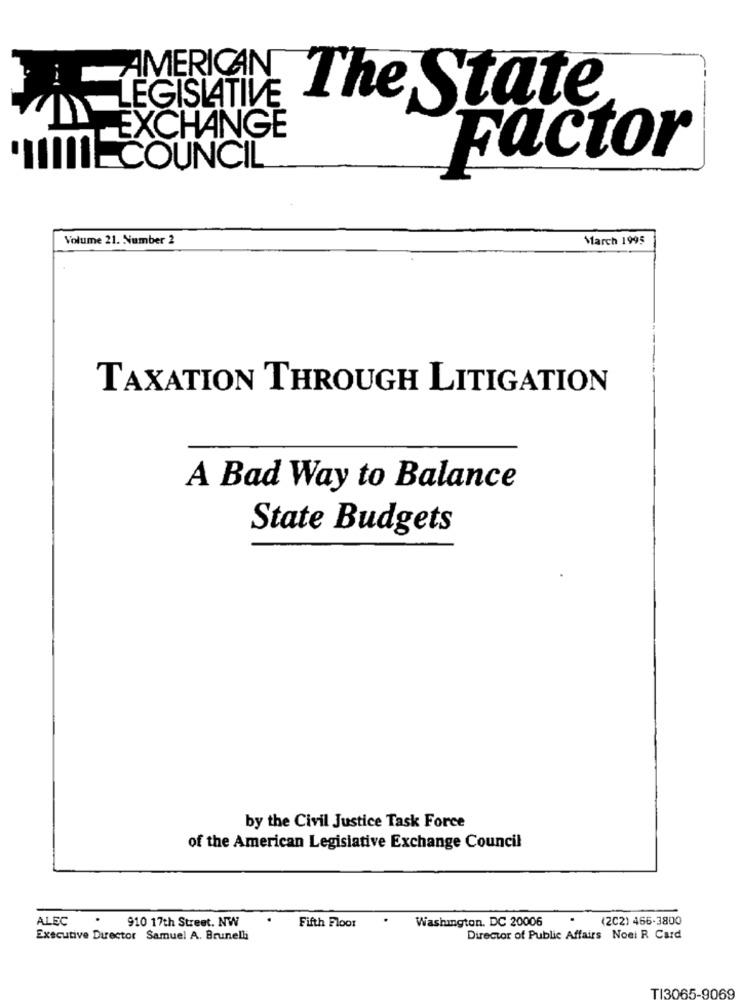
AMERICAN
LEGISLATIVE
The State
EXCHANGE
Factor
"THECOUNCIL
Volume 21. Number 2
March 1995
TAXATION THROUGH LITIGATION
A Bad Way to Balance
State Budgets
by the Civil Justice Task Force
of the American Legislative Exchange Council
ALEC
.
910 17th Street, NW
Washington, DC 20006
.
(2C2) 466-3800
Fifth Floor
Executive Director Samuel A. Brunelli
Director of Public Affairs Noel R Card
TI3065-9069